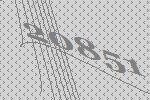
20851